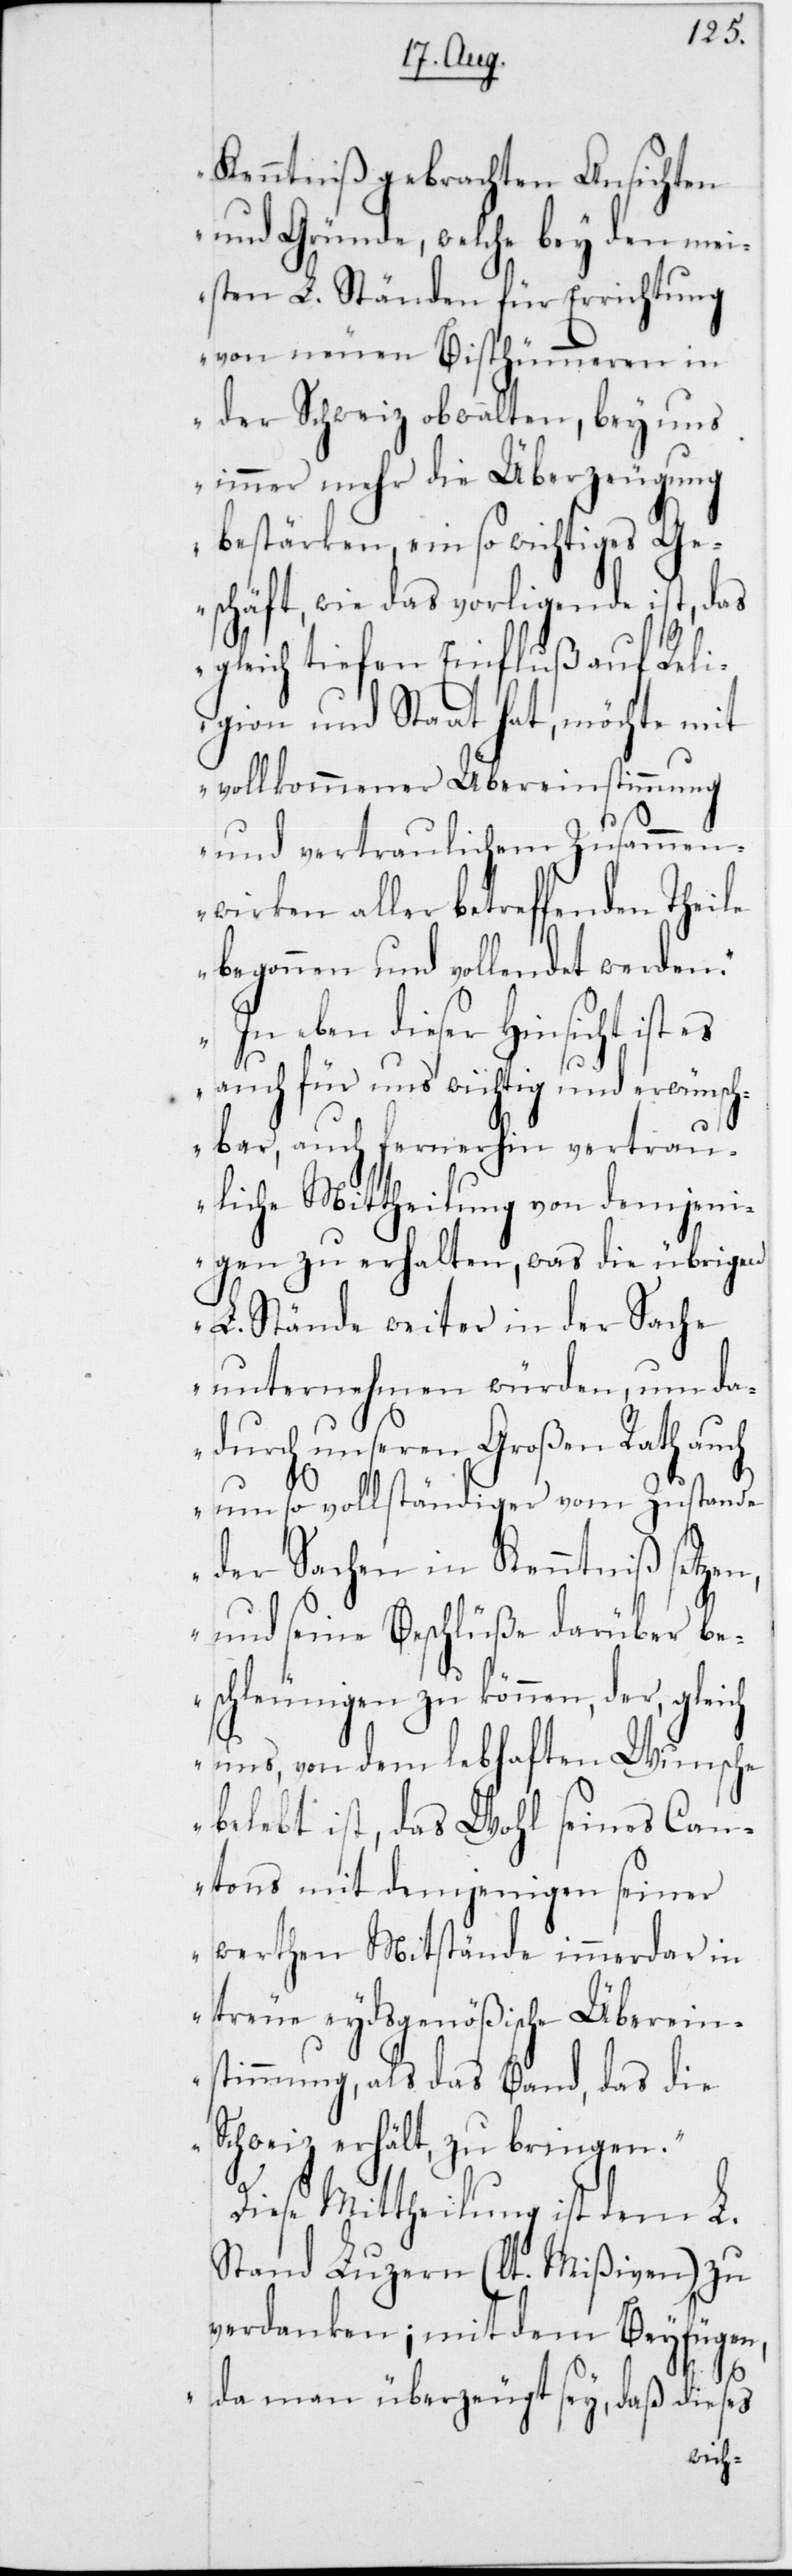
Kenntniß gebrachten Ansic¬
und Gründe, welche bey den me¬
isten L. Ständen für
von neuen Bisth¬
der Schweiz obwalten,
g¬
immer mehr die Überz¬
bestärken, ein so wichtiges
das
eschäft, wie das vorliegende
gleich tiefen Einfluß auf
die
gion und Staat hat, möchte mit
vollkommener Überein¬
ntniß
und vertraulichem Zusammen¬
wirken aller betreffenden Thei¬
werden.
begonnen und vollen¬
In eben dieser Hinsicht ist
auch für uns wichtig und erwünsch¬
bar, auch fernerhin vertrau¬
liche Mittheilung von demjen¬
brige¬
igen zu erhalten,
n L. Stände weiter in
unternehmen wür¬
sei¬
dadurch unseren Groß¬
um so vollständiger vom Zustande
der Sachen in Ken¬
der
und seine Beschlüße darüber b¬
eschleunigen zu können, der,
uns, von dem lebhaften
belebt ist, das Wohl
seines Can¬
tons mit demjenigen
ner
werthen Mitstände immerdar in
treue eydsgenößische Überein¬
stimmung, als das Band, das die
Schweiz erhält, zu bringen.“
Diese Mittheilung ist dem L.
Stand Luzern (laut Mißiven) zu
verdanken; mit dem Beyfügen,
da man überzeugt sey, daß dieses
rich¬